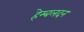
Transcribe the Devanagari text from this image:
हेम्बलदन